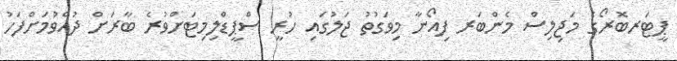
ޕީޓަރބޮރޯގެ މަޖިލިސް މެންބަރ ފިއޯނާ މިވަގުުތު ޖަލުގައި ހުރީ ސްޕީޑްލިިމިޓަށްވުރެ ބާރަށް ދުއްވުމަށްފަހު